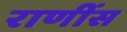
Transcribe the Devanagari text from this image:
राणींस